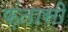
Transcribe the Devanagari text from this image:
फ़ंतासी